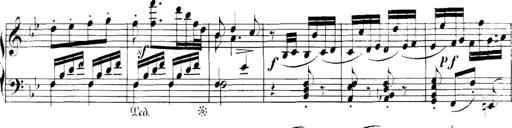
Title: Collected Piano Sonatas
Composer: Muzio Clementi